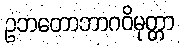
ဥဘတောဘာဂဝိမုတ္တာ